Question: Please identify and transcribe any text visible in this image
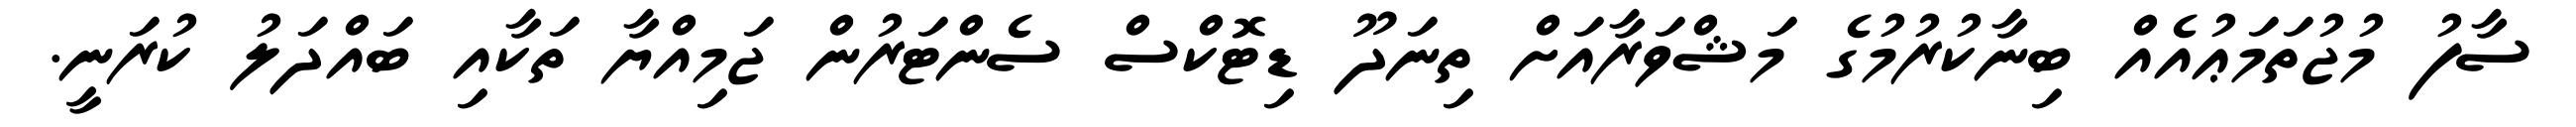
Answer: ސާފު މުޖުތަމަޢުއެއް ބިނާކުރުމުގެ މަޝްވަރާއަށް ތިނަދޫ ޑިޓޮކްސް ސެންޓަރުން ޖަމިއްޔާ ތަކާއި ބައްދަލު ކުރަނީ.